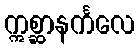
ဣစ္ဆာနင်္ကလေ